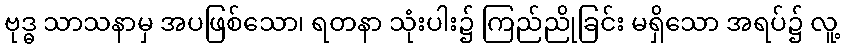
ဗုဒ္ဓ သာသနာမှ အပဖြစ်သော၊ ရတနာ သုံးပါး၌ ကြည်ညိုခြင်း မရှိသော အရပ်၌ လူ့